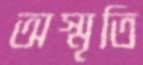
অস্মৃতি